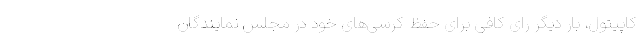
کاپیتول، بار دیگر رای کافی برای حفظ کرسی‌های خود در مجلس نمایندگان